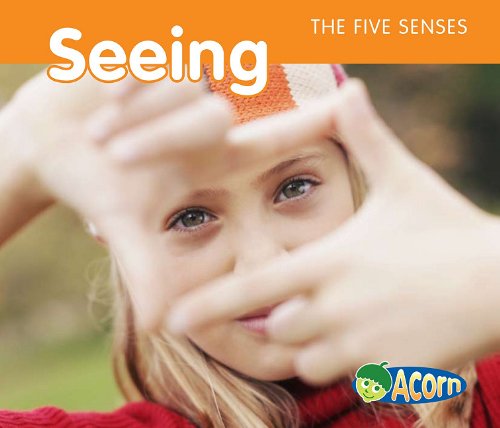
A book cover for Seeing (The Five Senses); Rebecca Rissman; Children's Books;